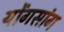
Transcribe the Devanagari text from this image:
योंगसांग